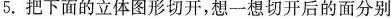
5.把下面的立体图形切开，想一想切开后的面分别